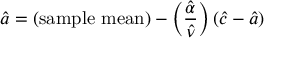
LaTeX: { \hat { a } } = ( { \mathrm { s a m p l e ~ m e a n } } ) - \left( { \frac { \hat { \alpha } } { \hat { \nu } } } \right) ( { \hat { c } } - { \hat { a } } )